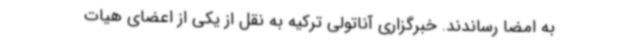
به امضا رساندند. خبرگزاری آناتولی ترکیه به نقل از یکی از اعضای هیات